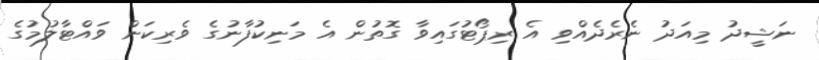
ނަޝީދު މިއަދު ނެރެދެއްވި އެ ރިޕޯޓުގައިވާ ގޮތުން އެ މަނިކުފާނުގެ ވެރިކަން ވައްޓާލުމުގެ